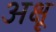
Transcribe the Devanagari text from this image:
अक्षू